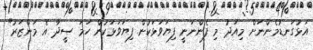
އަޅުގަނޑުމެންނަށް މިއަދު މި ފެންނަނީ ފިޔަވަޅަކުން ފިޔަވަޅަކުން ހަމަ ސީދާ އެ މަންޒަރު"